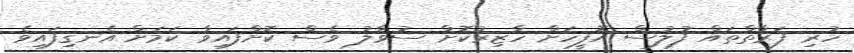
ހުރި ފަރާތްތައް ފުލުސް އޮފީހަށް ހާޒިރުކޮށް ސުވާލު ވެސް ކޮށްފައިވާ ކަމަށް އެނގިފައިވެ